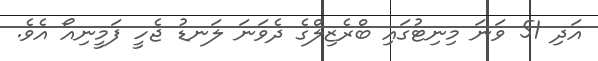
އަދި 51 ވަނަ މިނިޓުގައި ބްރެޒިލްގެ ދެވަނަ ލަނޑު ޖެހީ ފަމީނިއޯ އެވެ.